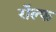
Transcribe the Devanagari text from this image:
राॅल्फ